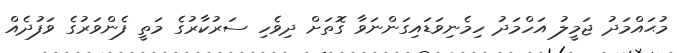
މުޙައްމަދު ޖަމީލު އަހްމަދު ހިމެނިވަޑައިގަންނަވާ ގޮތަށް ދިވެހި ސަރުކާރުގެ މަތީ ފެންވަރުގެ ވަފުދެއް